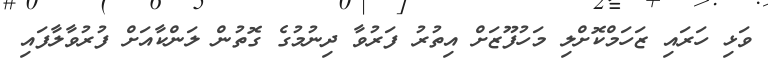
ވަޅި ހަރައި ޒަހަމްކޮށްލި މަހުފޫޒަށް އިތުރު ފަރުވާ ދިނުމުގެ ގޮތުން ލަންކާއަށް ފުރުވާލާފައި